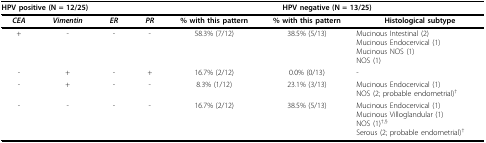
<table><thead><tr><td colspan="4"><b>HPV positive (N = 12/25)</b></td><td colspan="3"><b>HPV negative (N = 13/25)</b></td></tr></thead><tbody><tr><td><b><i>CEA</i></b></td><td><b><i>Vimentin</i></b></td><td><b><i>ER</i></b></td><td><b><i>PR</i></b></td><td><b>% with this pattern</b></td><td><b>% with this pattern</b></td><td><b>Histological subtype</b></td></tr><tr><td>+</td><td>-</td><td>-</td><td>-</td><td>58.3% (7/12)</td><td>38.5% (5/13)</td><td>Mucinous Intestinal (2)Mucinous Endocervical (1)Mucinous NOS (1)NOS (1)</td></tr><tr><td>-</td><td>+</td><td>-</td><td>+</td><td>16.7% (2/12)</td><td>0.0% (0/13)</td><td>-</td></tr><tr><td>-</td><td>+</td><td>-</td><td>-</td><td>8.3% (1/12)</td><td>23.1% (3/13)</td><td>Mucinous Endocervical (1)NOS (2; probable endometrial)<sup>†</sup></td></tr><tr><td>-</td><td>-</td><td>-</td><td>-</td><td>16.7% (2/12)</td><td>38.5% (5/13)</td><td>Mucinous Endocervical (1)Mucinous Villoglandular (1)NOS (1)<sup>†,§</sup>Serous (2; probable endometrial)<sup>†</sup></td></tr></tbody></table>